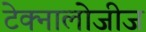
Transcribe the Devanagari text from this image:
टेक्नालोजीज